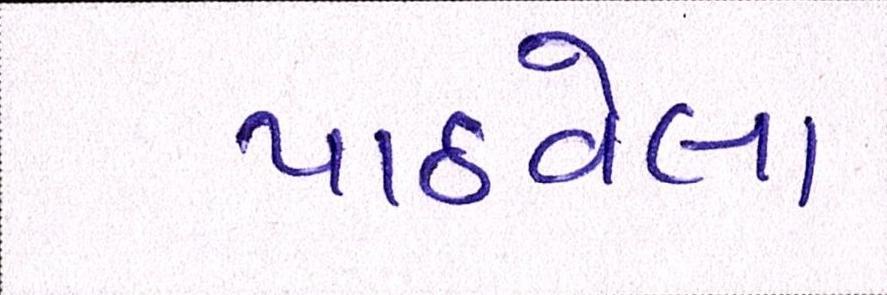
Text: પાઠવેલા